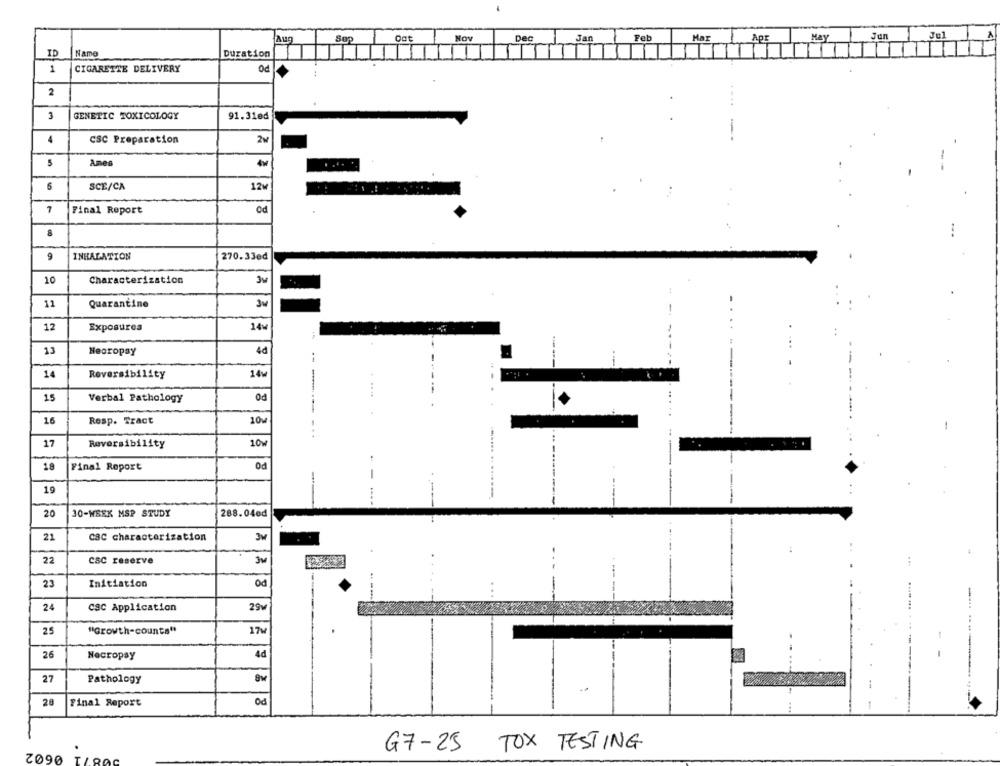
Aug
Se
Dat
Hov
Dec
Jan
Feb
Mar
Apr
May
Jun
Jul
ID
Name
Duration
1
CIGARETTE DELIVERY
Od
2
3
GENETIC TOXICOLOGY
91.31ed
4
2M
CSC Preparation
Ames
5
4w
6
SCE/CA
12w
7
Final Report
Od
8
9
INHALATION
270.33ed
10
Characterization
11
Quarantine
12
Exposures
14w
13
Necropay
4d
---
--
14
Reversibility
14w
15
Verbal Pathology
Od
16
Resp. Tract
10w
--------..
17
Reversibility
10w
-
18
Final Report
Od
19
20
30-WEEK MSP STUDY
288.040d
21
CSC characterization
3M
22
CSC reserve
3M
23
Initiation
Od
24
29₩
CSC Application
25
"Growth-counts"
17w
26
Necropsy
4d
-
27
Pathology
20
Final Report
Od
0602
G7-25
TOX TESTING